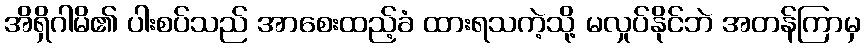
အိရှိဂါမိ၏ ပါးစပ်သည် အာစေးထည့်ခံ ထားရသကဲ့သို့ မလှုပ်နိုင်ဘဲ အတန်ကြာမှ